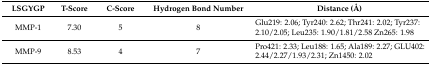
<table><thead><tr><td><b>LSGYGP</b></td><td><b>T-Score</b></td><td><b>C-Score</b></td><td><b>Hydrogen Bond Number</b></td><td><b>Distance (Å)</b></td></tr></thead><tbody><tr><td>MMP-1</td><td>7.30</td><td>5</td><td>8</td><td>Glu219: 2.06; Tyr240: 2.62; Thr241: 2.02; Tyr237: 2.10/2.05; Leu235: 1.90/1.81/2.58 Zn265: 1.98</td></tr><tr><td>MMP-9</td><td>8.53</td><td>4</td><td>7</td><td>Pro421: 2.33; Leu188: 1.65; Ala189: 2.27; GLU402: 2.44/2.27/1.93/2.31; Zn1450: 2.02</td></tr></tbody></table>